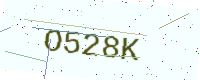
Text: O528K